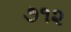
૭૧૨